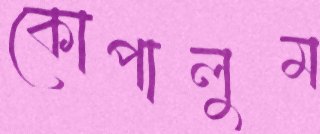
কোপালুম